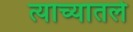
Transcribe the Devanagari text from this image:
त्याच्यातले